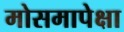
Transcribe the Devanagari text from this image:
मोसमापेक्षा